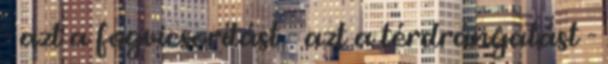
- azt a fogvicsorítást - azt a térdrángatást -